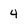
Character: 4